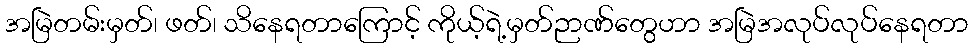
အမြဲတမ်းမှတ်၊ ဖတ်၊ သိနေရတာကြောင့် ကိုယ့်ရဲ့မှတ်ဉာဏ်တွေဟာ အမြဲအလုပ်လုပ်နေရတာ